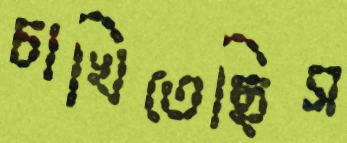
চাখিতেছিস